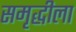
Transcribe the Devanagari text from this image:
समृद्धीला